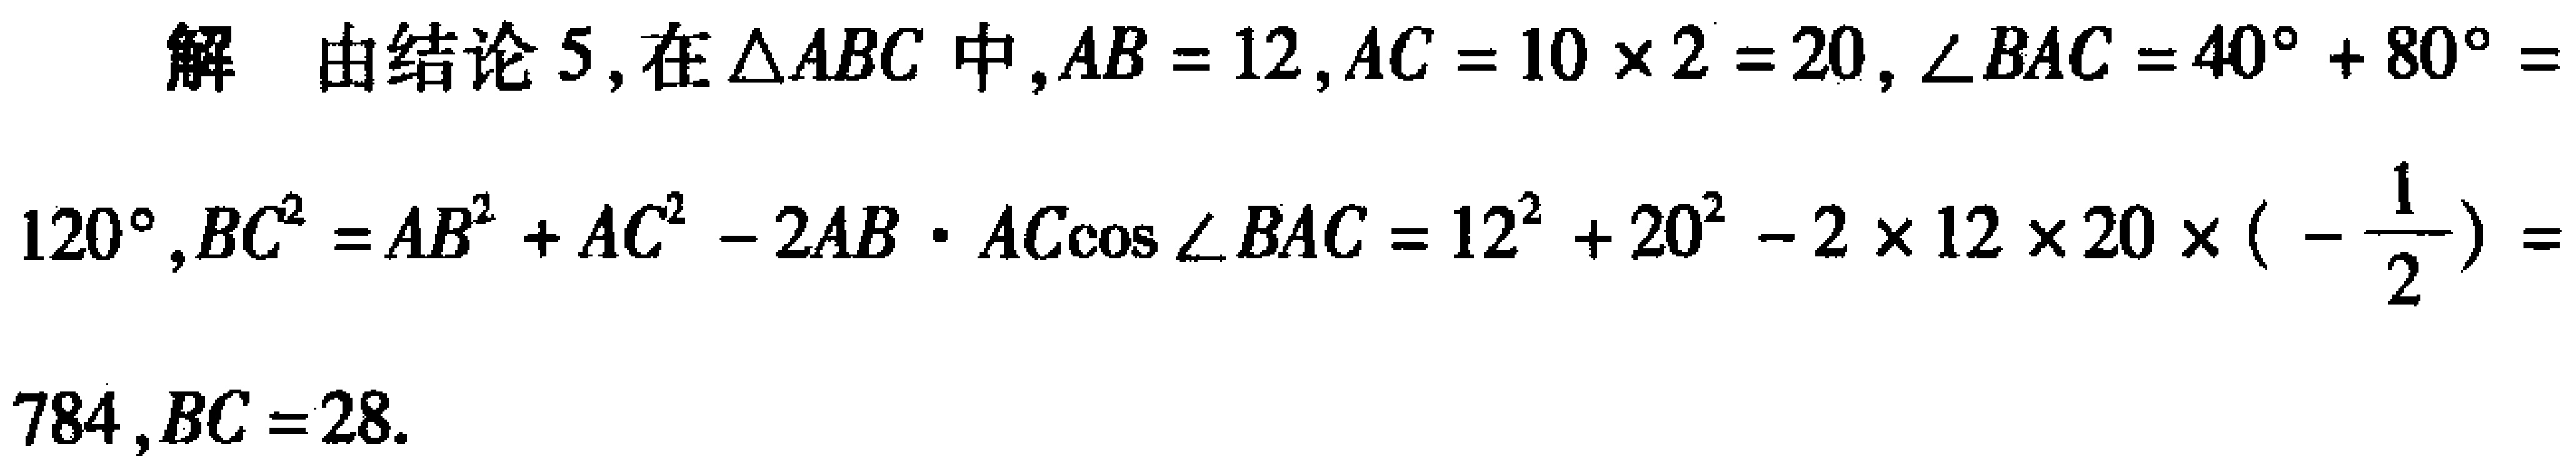
解 由结论5, 在\(\triangle ABC\)中, \(AB = 12\), \(AC = 10\times 2 = 20\), \(\angle BAC = 40^{\circ}+80^{\circ}=120^{\circ}\), \(BC^{2}=AB^{2}+AC^{2}-2AB\cdot AC\cos\angle BAC = 12^{2}+20^{2}-2\times 12\times 20\times(-\frac{1}{2}) = 784\), \(BC = 28\).